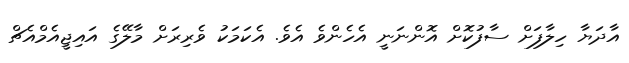
އާދަޔާ ހިލާފަށް ސާފުކޮށް އޮންނަނީ އެހެންވެ އެވެ. އެކަމަކު ވެރިރަށް މާލޭގެ އައިޖީއެމްއެޗް